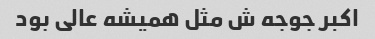
اکبر جوجه ش مثل همیشه عالی بود